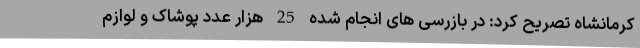
کرمانشاه تصریح کرد: در بازرسی های انجام شده 25 هزار عدد پوشاک و لوازم